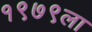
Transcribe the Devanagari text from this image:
१९७९ला